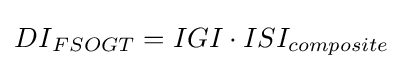
{DI}_{FSOGT}=IGI\cdot ISI_{composite}